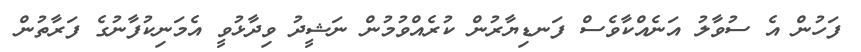
ފަހުން އެ ސުވާލު އަނެއްކާވެސް ފަނޑިޔާރުން ކުރެއްވުމުން ނަޝީދު ވިދާޅުވީ އެމަނިކުފާނުގެ ފަރާތުން